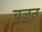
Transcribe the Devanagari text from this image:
बूजून